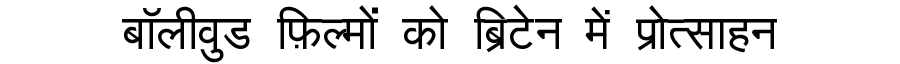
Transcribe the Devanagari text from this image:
बॉलीवुड फ़िल्मों को ब्रिटेन में प्रोत्साहन